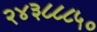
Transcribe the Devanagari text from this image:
२४३८८८५०